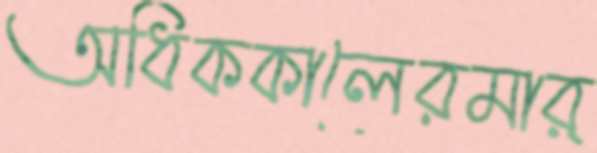
অধিককালেরমার্